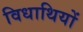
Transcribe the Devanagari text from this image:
विधाथियों